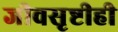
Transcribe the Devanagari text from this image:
जीवसृष्टीही